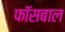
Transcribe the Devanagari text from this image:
फॉसबाल